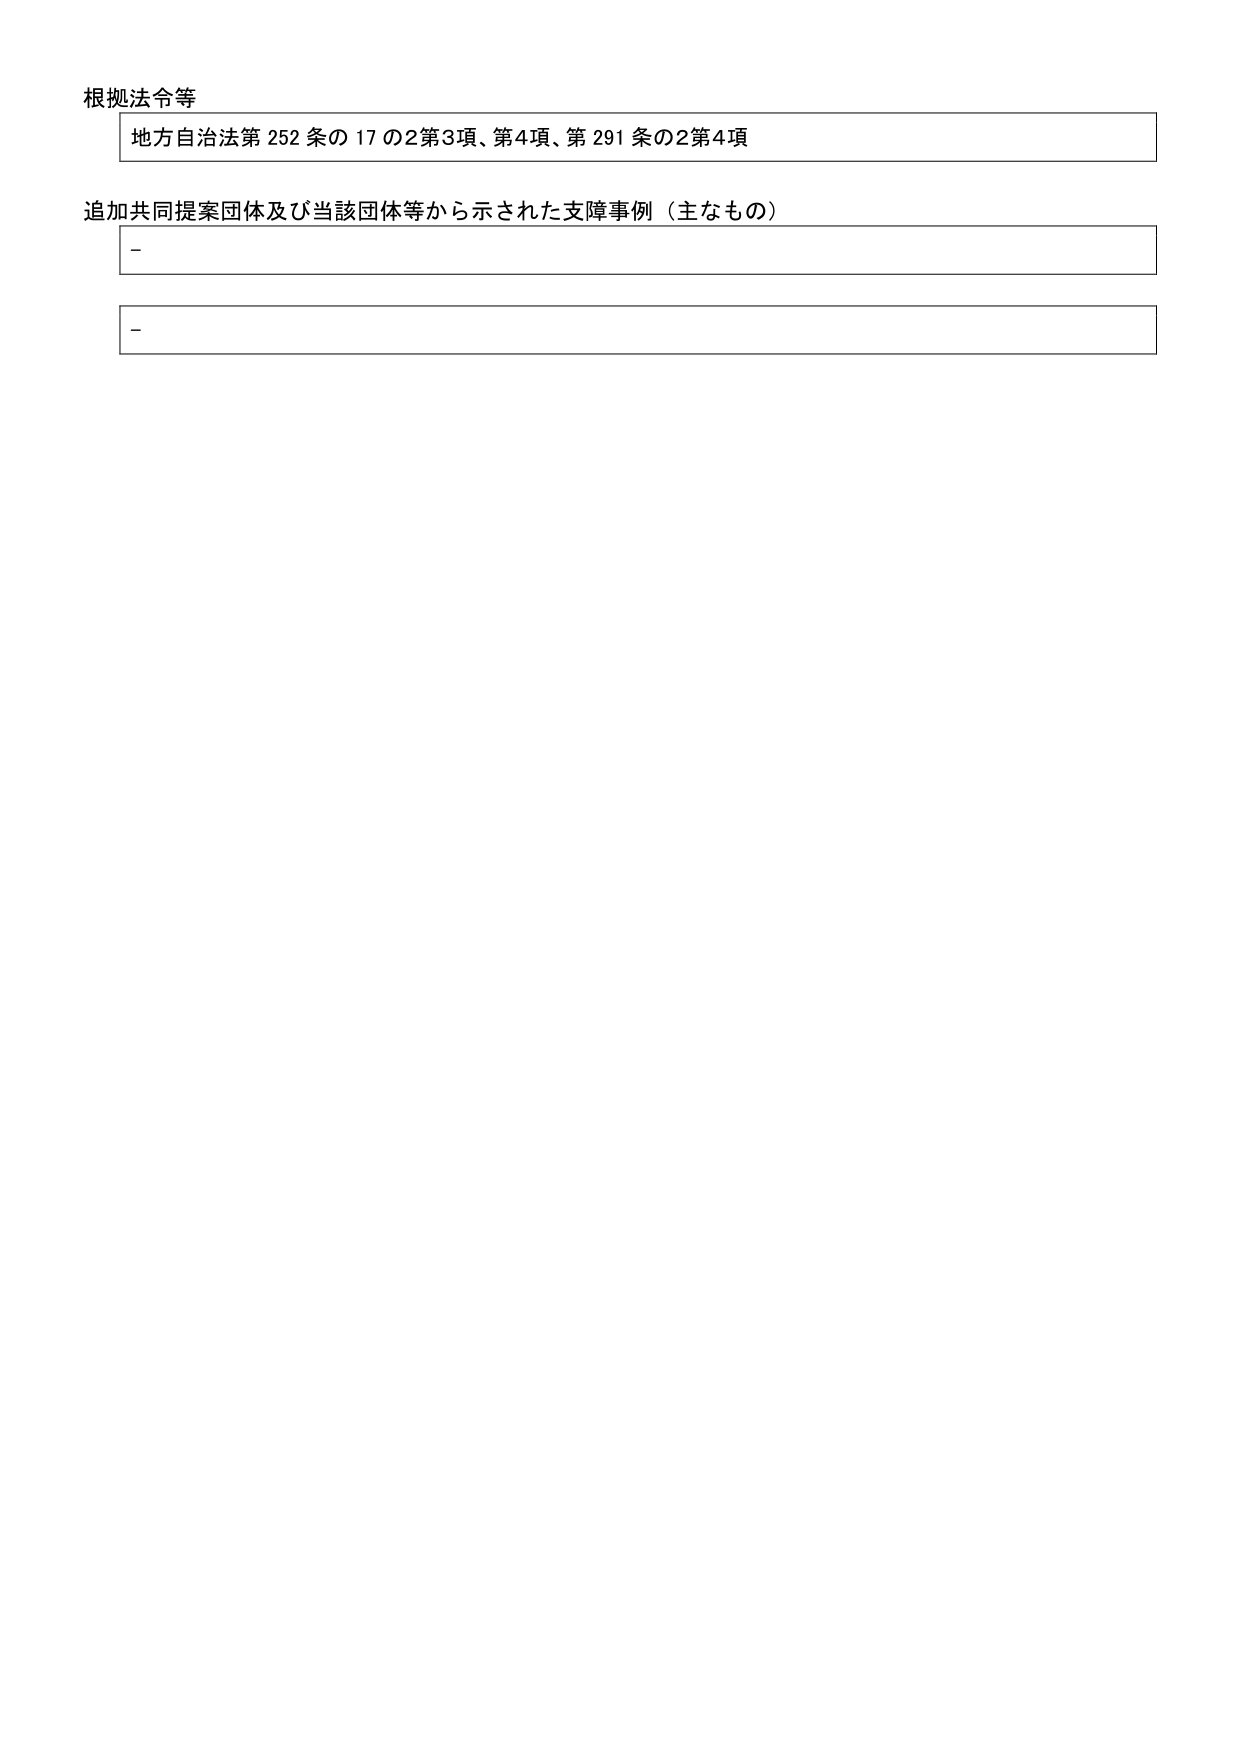
根拠法令等
地方自治法第252条の17の2第3項、第4項、第291条の2第4項
追加共同提案団体及び当該団体等から示された支障事例（主なもの）
-
-